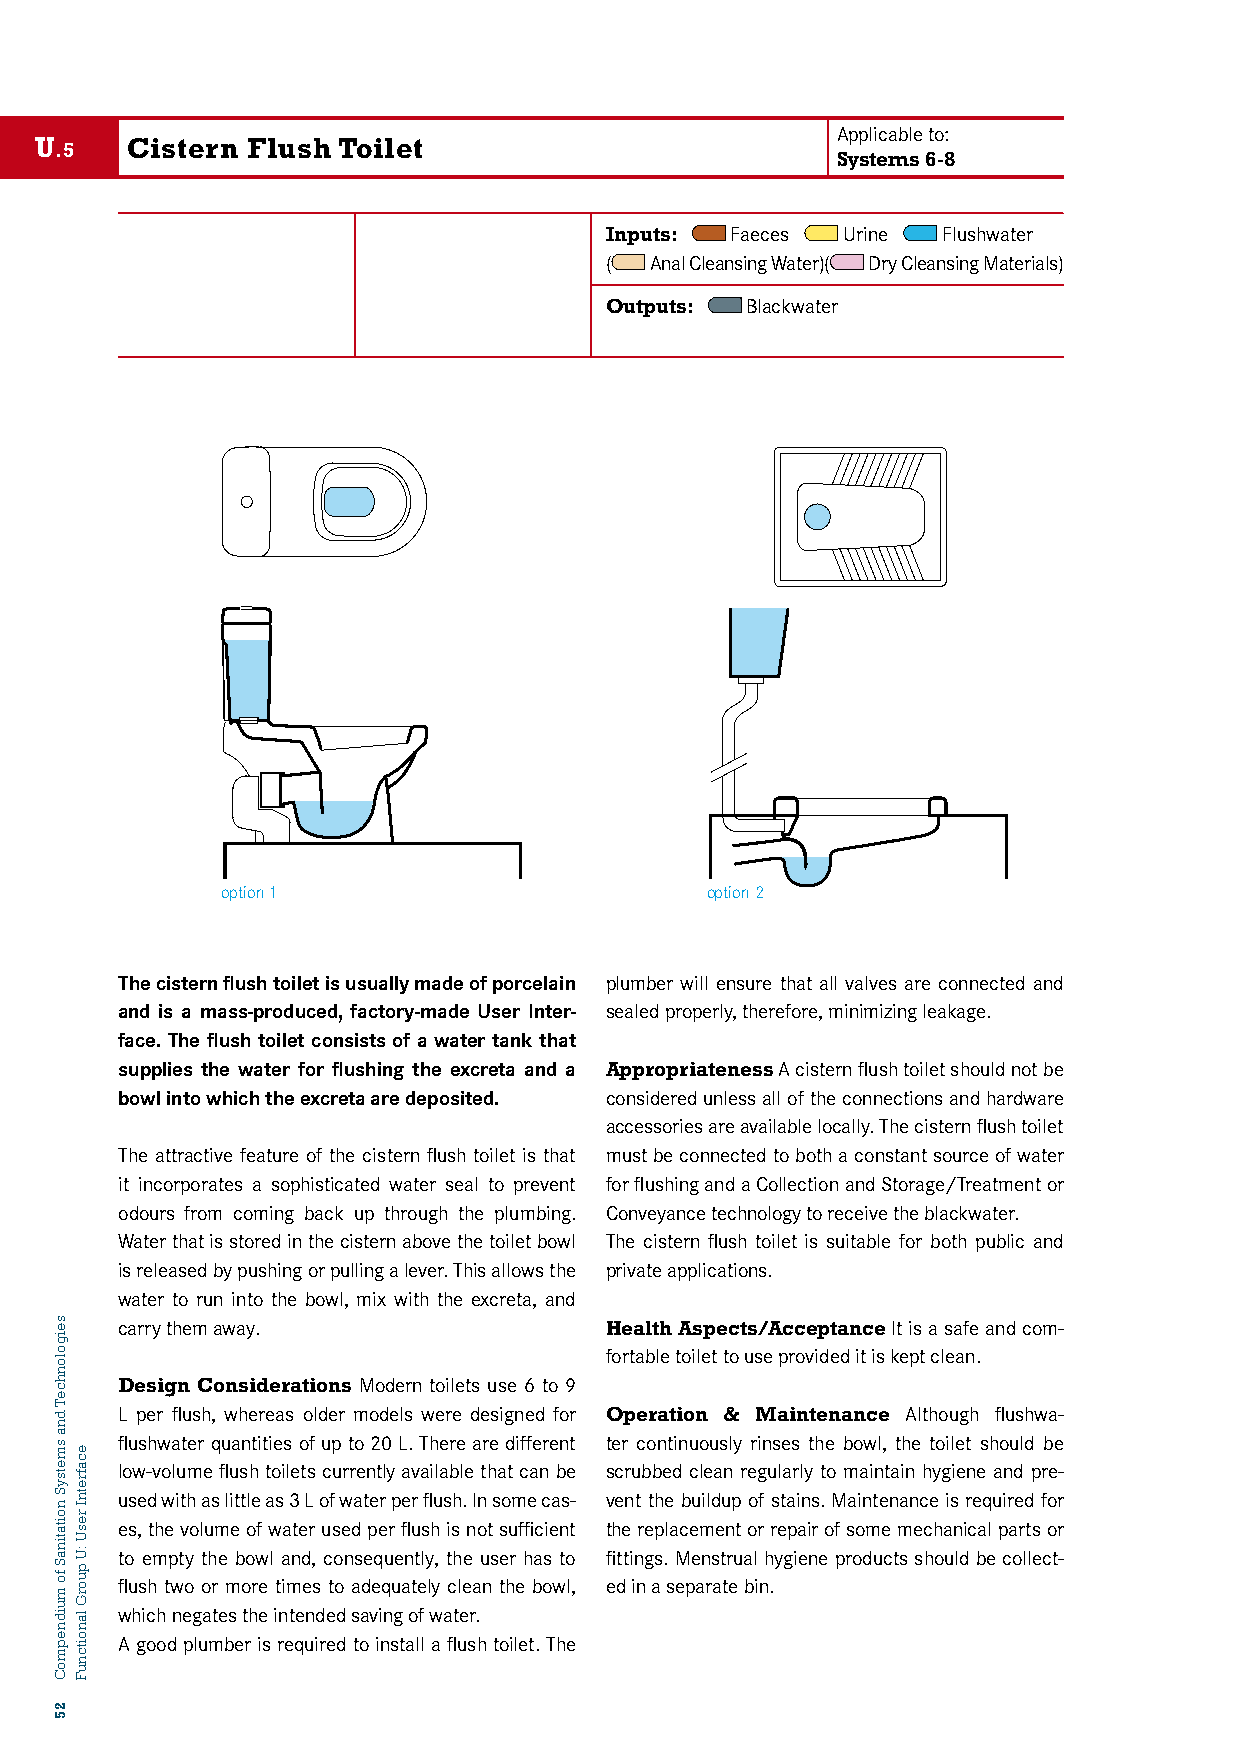
Applicable to:
 U     Cistern Flush Toilet
 .5
 Systems 6-8
 Inputs: Faeces  Urine Flushwater
 (  Anal Cleansing Water)( Dry Cleansing Materials)
 U5: CISTERN FLUSH TOILET       Outputs: Blackwater
 option 1                        option 2
 The cistern flush toilet is usually made of porcelain plumber will ensure that all valves are connected and
 and is a mass-produced, factory-made User Inter- sealed properly, therefore, minimizing leakage.
 face. The flush toilet consists of a water tank that
 supplies the water for flushing the excreta and a Appropriateness A cistern flush toilet should not be
 bowl into which the excreta are deposited. considered unless all of the connections and hardware
 accessories are available locally. The cistern flush toilet
 The attractive feature of the cistern flush toilet is that must be connected to both a constant source of water
 it incorporates a sophisticated water seal to prevent for flushing and a Collection and Storage/Treatment or
 odours from coming back up through the plumbing. Conveyance technology to receive the blackwater.
 Water that is stored in the cistern above the toilet bowl The cistern flush toilet is suitable for both public and
 is released by pushing or pulling a lever. This allows the private applications.
 water to run into the bowl, mix with the excreta, and
 carry them away.                Health Aspects/Acceptance It is a safe and com-
 fortable toilet to use provided it is kept clean.
 Design Considerations Modern toilets use 6 to 9
 L per flush, whereas older models were designed for Operation & Maintenance Although flushwa-
 flushwater quantities of up to 20 L. There are different ter continuously rinses the bowl, the toilet should be
 low-volume flush toilets currently available that can be scrubbed clean regularly to maintain hygiene and pre-
 used with as little as 3 L of water per flush. In some cas- vent the buildup of stains. Maintenance is required for
 es, the volume of water used per flush is not sufficient the replacement or repair of some mechanical parts or
 to empty the bowl and, consequently, the user has to fittings. Menstrual hygiene products should be collect-
 flush two or more times to adequately clean the bowl, ed in a separate bin.
 which negates the intended saving of water.
 A good plumber is required to install a flush toilet. The
 seigolonhceT
 dna
 smetsyS
 noitatinaS
 fo
 muidnepmoC
 25
 ecafretnI
 resU
 :U
 puorG
 lanoitcnuF